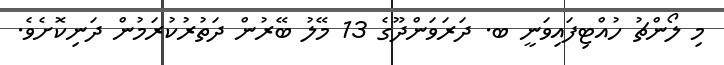
މި ލޯންޗު ހުއްޓިފައިވަނީ ބ. ދަރަވަންދޫގެ 13 މޭލު ބޭރުން ދަތުރުކުރަމުން ދަނިކޮށެވެ.